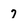
Character: 7